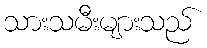
သားသမီးများသည်